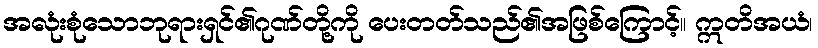
အလုံးစုံသောဘုရားရှင်၏ဂုဏ်တို့ကို ပေးတတ်သည်၏အဖြစ်ကြောင့်။ ဣတိအယံ၊